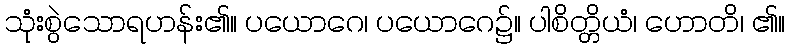
သုံးစွဲသောရဟန်း၏။ ပယောဂေ၊ ပယောဂေ၌။ ပါစိတ္တိယံ၊ ဟောတိ၊ ၏။